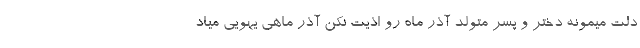
دلت میمونه دختر و پسر متولد آذر ماه رو اذیت نکن آذر ماهی یهویی میاد